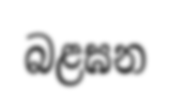
බළඝන